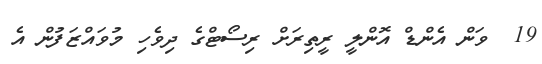
19  ވަން އެންޑް އޮންލީ ރީތިރަށް ރިސޯޓްގެ ދިވެހި މުވައްޒަފުން އެ